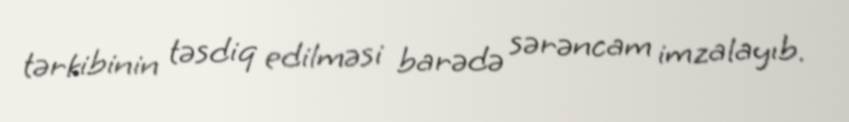
tərkibinin təsdiq edilməsi barədə sərəncam imzalayıb.